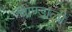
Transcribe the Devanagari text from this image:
चाण्डाली